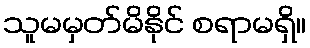
သူမမှတ်မိနိုင် စရာမရှိ။